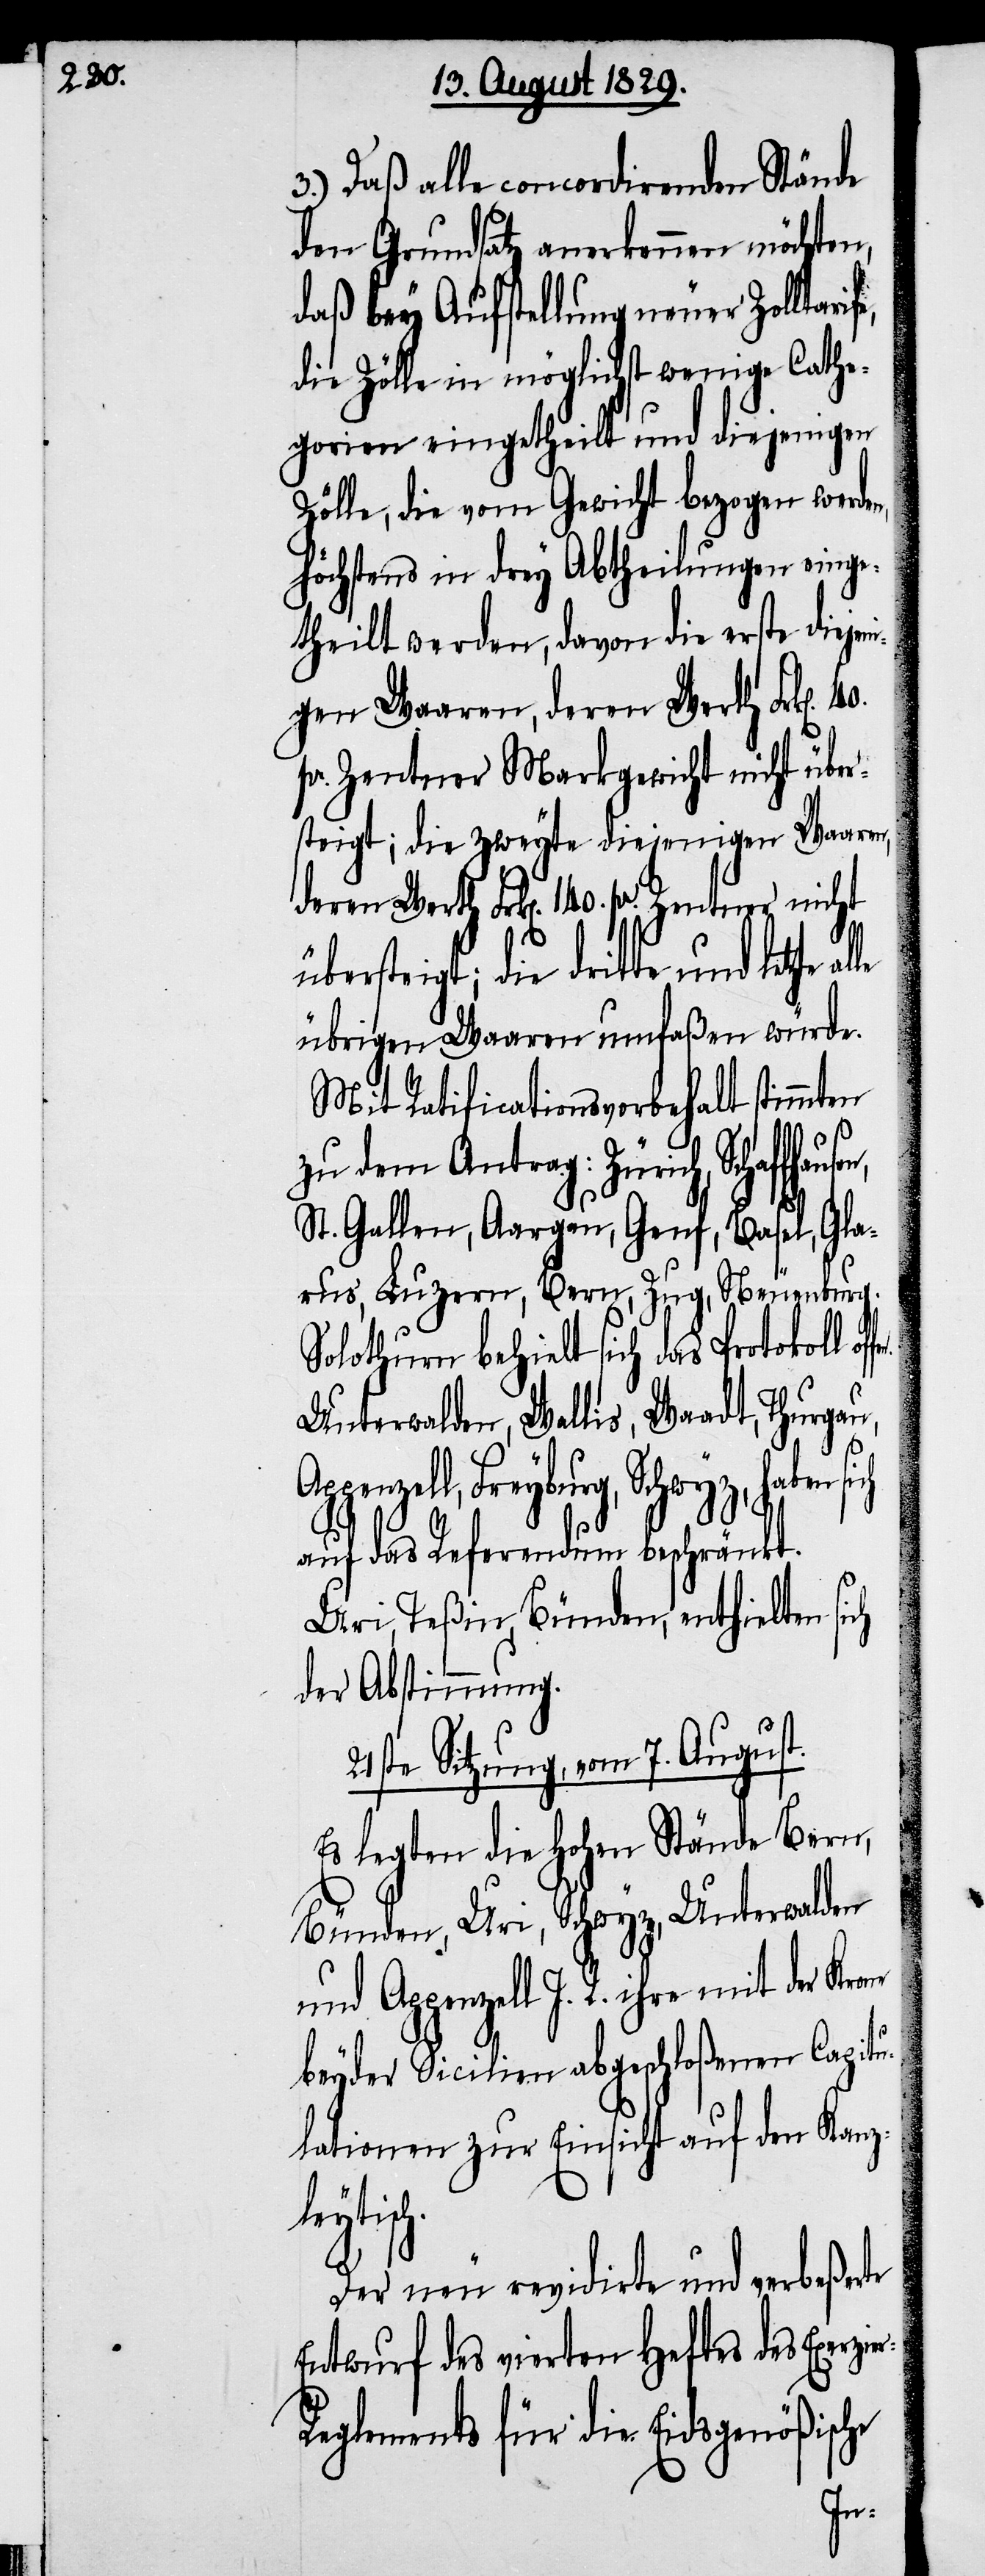
3.) Daß alle concordirenden Stände
den Grundsatz anerkennen möchten,
daß bey Aufstellung neuer Zolltarife
die Zölle in möglichst wenige Cathe¬
gorien eingetheilt und diejenigen
Zölle, die vom Gewicht bezogen werden,
höchstens in drey Abtheilungen einge¬
theilt werden, davon die erste diejen¬
igen Waaren, deren Werth Frk[en].
pr. Zentner Markgewicht nicht über¬
steigt; die zweyte diejenigen Waaren,
Werth Frk[en]. 140. pr. Zentner nicht
übersteigt; die dritte und letzte
übrigen Waaren umfaßen würde.
Mit Ratificationsvorbehalt stimmten
zu dem Antrag: Zürich, Schaffh¬
St. Gallen, Aargau, Genf, Basel, Gla¬
rus, Luzern, Bern, Zug, Neuenburg.
Solothurn behielt sich das Protokoll of¬
Unterwalden, Wallis, Waadt, Thurgau,
penzell, Freyburg, Schwyz, haben
auf das Referendum beschränkt.
ie¬
Uri, Teßin, Bünden, enthielten
der Abstimmung.
21ste Sitzung, vom 7. August.
Es legten die Hohen Stände Bern,
Bünden, Uri Schwyz, Unterwalden
und Appenzell I. R. ihre mit der Kro¬
beyder Sicilien abgeschloßenen Capitu¬
lationen zur Einsicht auf den Kanz¬
leytisch.
Der neu revidirte und verbeßerte
Entwurf des vierten Heftes des Exerz¬
eglements für die Eidsgenößische
r-R¬

40.